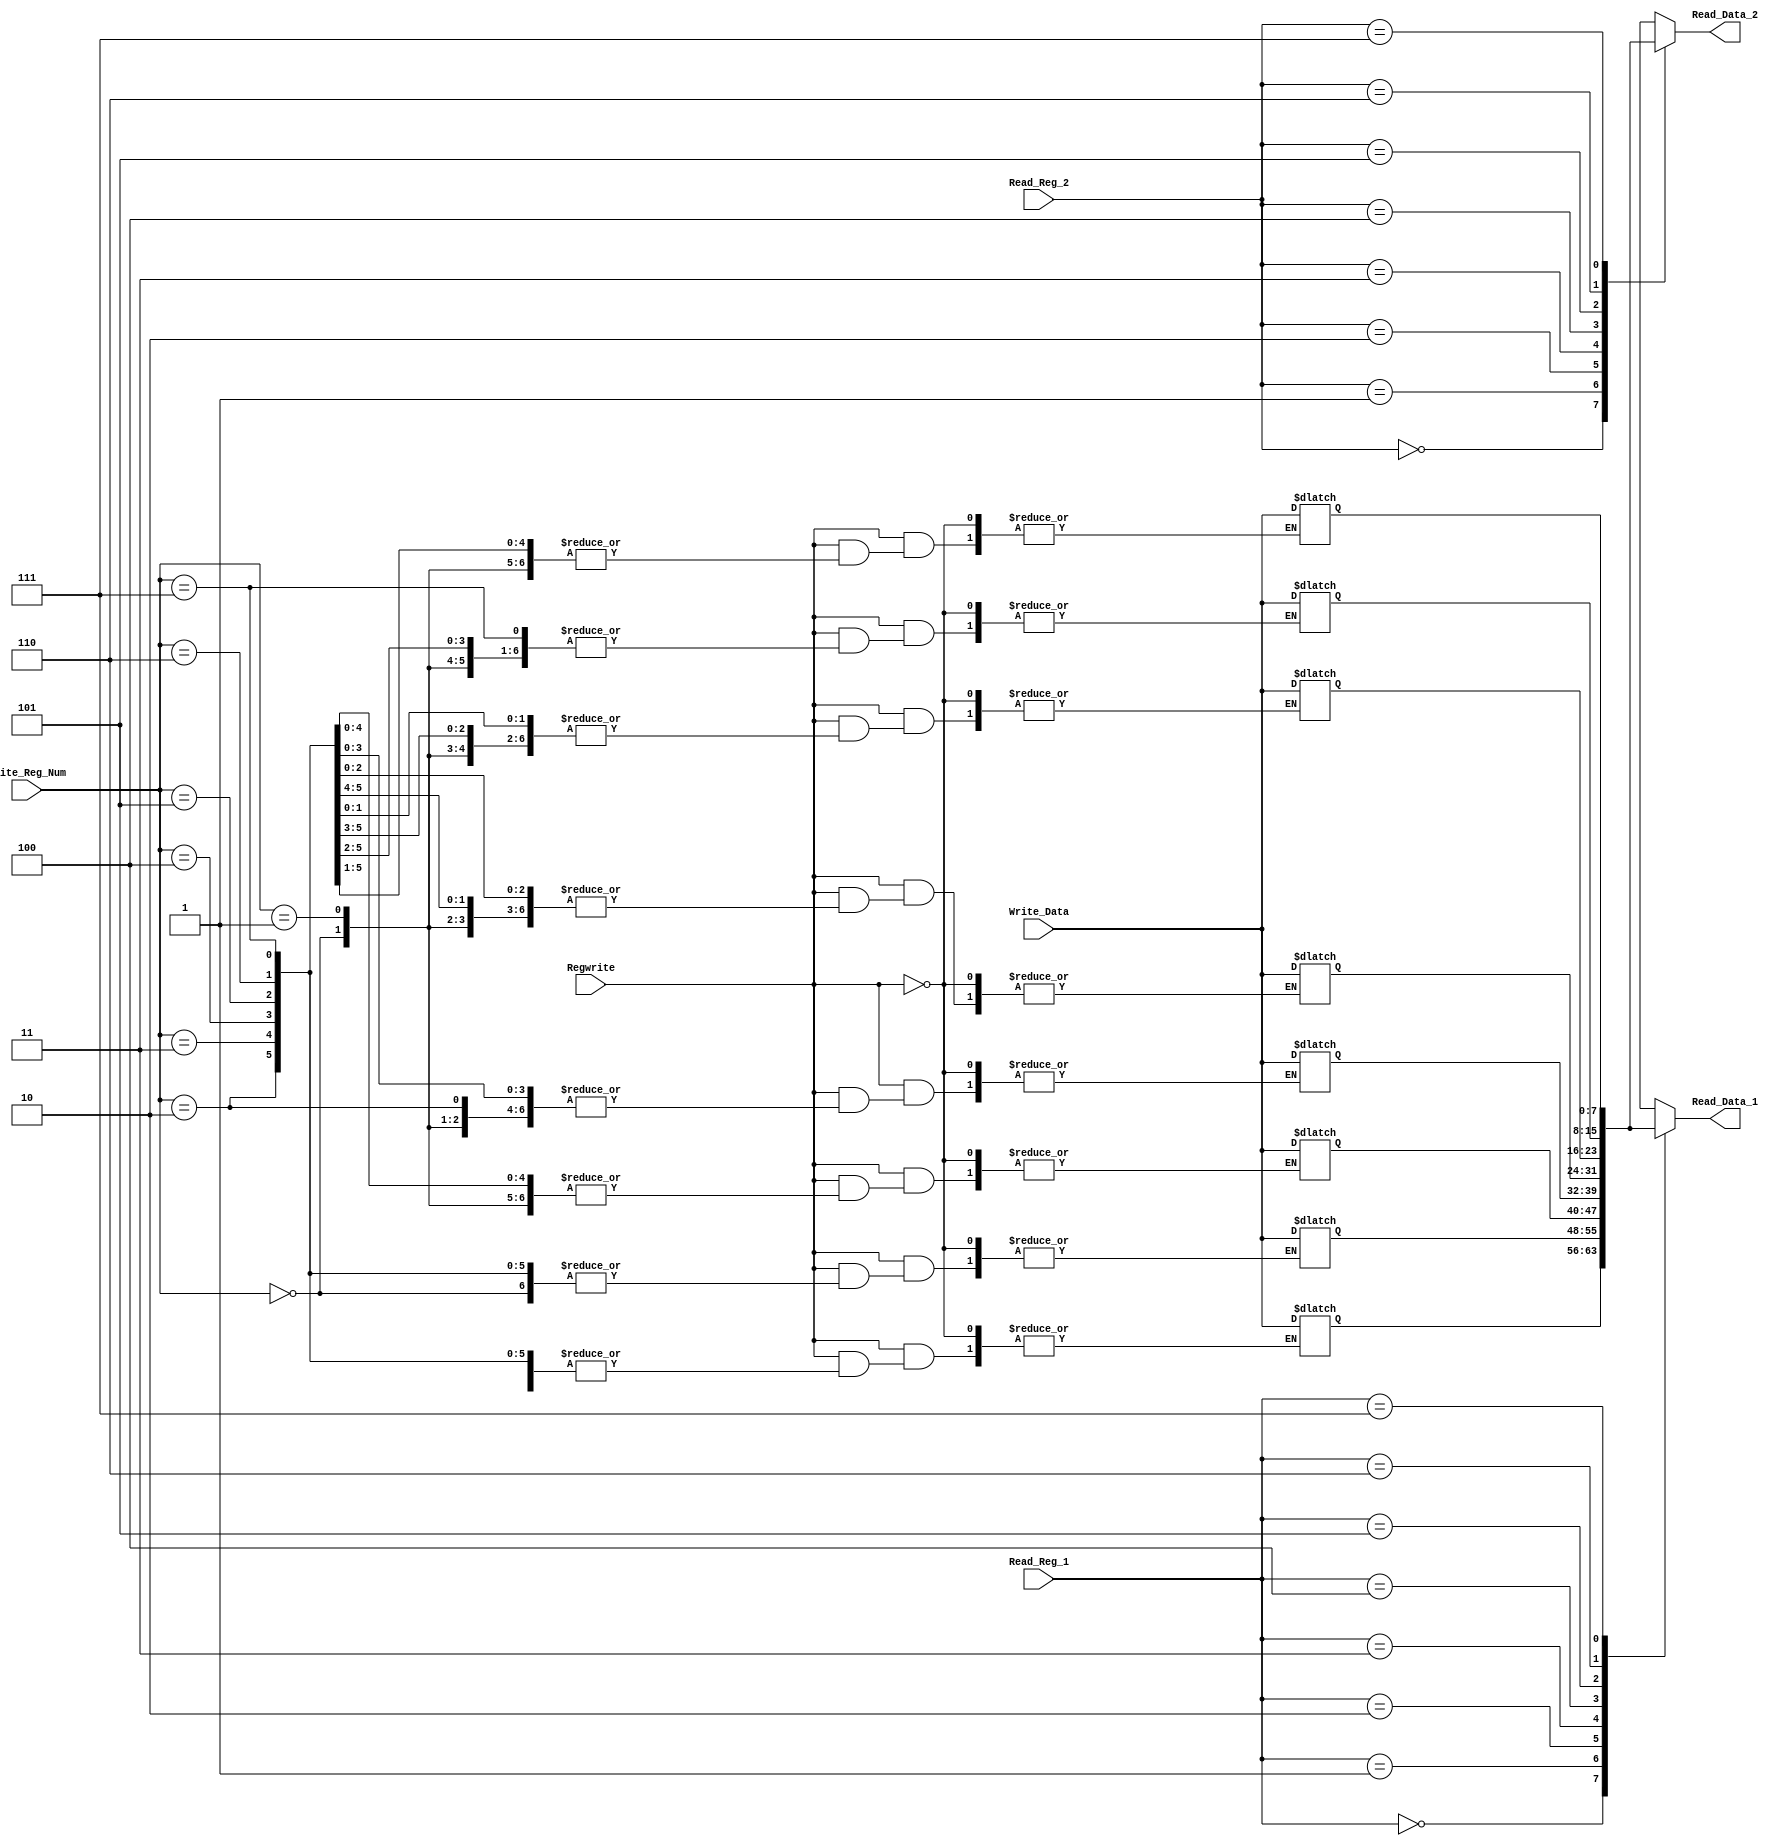
module Register_file(
input [2:0] Read_Reg_1,
input [2:0] Read_Reg_2,
input [2:0] Write_Reg_Num,
input [7:0] Write_Data,
output [7:0] Read_Data_1,
output [7:0] Read_Data_2,
input Regwrite
);

reg [7:0] RegMemory [7:0];

initial begin
RegMemory[0] = 8'h00; 
RegMemory[1] = 8'h01;
RegMemory[2] = 8'h02; 
RegMemory[3] = 8'h03; 
RegMemory[4] = 8'h04; 
RegMemory[5] = 8'h05; 
RegMemory[6] = 8'h06; 
RegMemory[7] = 8'h07; 
end

assign Read_Data_1 = RegMemory[Read_Reg_1];
assign Read_Data_2 = RegMemory[Read_Reg_2];

always@(*)
begin
   if(Regwrite==1)
   RegMemory[Write_Reg_Num]=Write_Data;
 
end
endmodule